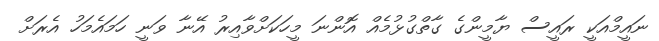
ނައީމްއަކީ ރައީސް ޔާމީންގެ ގާތްގުޅުމެއް އޮންނަ މީހަކަށްވާއިރު އޭނާ ވަނީ ހަމައެމަހު އެރަށް